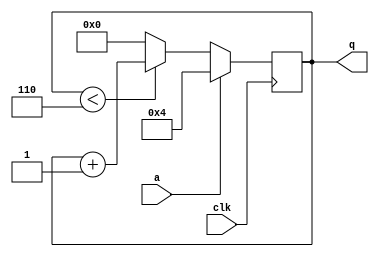
//This is a sequential circuit. Read the simulation waveforms to determine what the circuit does, then implement it.

module top_module (
    input clk,
    input a,
    output [3:0] q );
    
    reg [3:0] q_tmp;

    assign q = q_tmp;

    always @(posedge clk) begin
        if (a == 1)
            q_tmp <= 4;
        else begin
            if (q_tmp < 6)
                q_tmp <= q_tmp + 1;
            else
                q_tmp <= 0;
        end
    end

endmodule